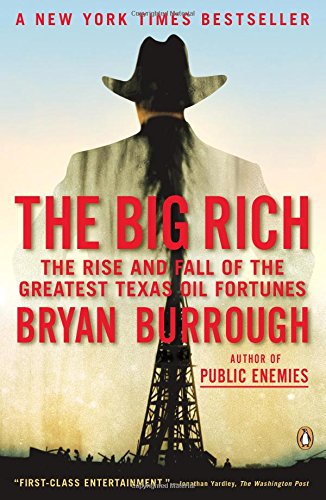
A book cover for The Big Rich: The Rise and Fall of the Greatest Texas Oil Fortunes; Bryan Burrough; Engineering & Transportation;